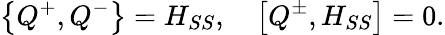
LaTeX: \left\{ Q^{+},Q^{-}\right\} =H_{SS},\quad\left[Q^{\pm},H_{SS}\right]=0.